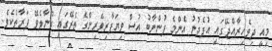
މިއީ ދިވެހިރާއްޖޭގައި އުފެދުނު އެންމެ ފުންނާބު އުސް ވިޔަފާރިވެރިންގެ ތެރޭގައި ގުނާލެވޭ ފަރާތެކެވެ.